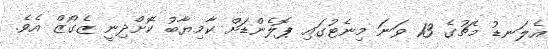
އެލަނޑު މެޗުގެ 13 ވަނަ މިނެޓުގައި ޕޮލެންޑަށް ކާމިޔާބު ކޮށްދިނީ ޒެގޯޒް އެވެ.